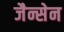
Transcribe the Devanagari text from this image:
जैन्सेन